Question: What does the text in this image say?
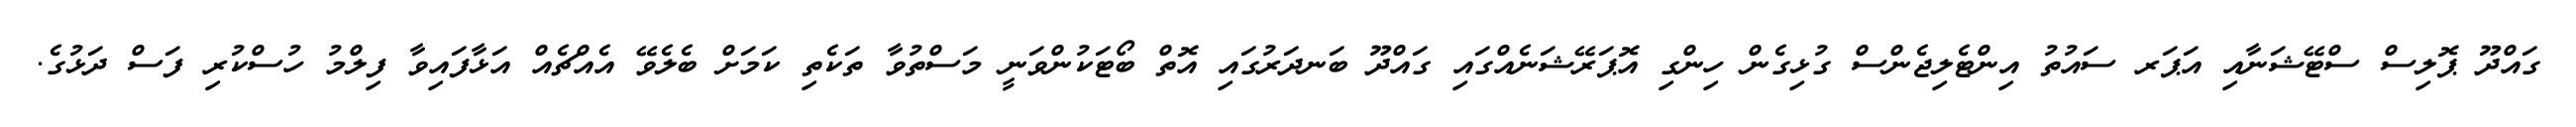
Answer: ގައްދޫ ޕޮލިސް ސްޓޭޝަނާއި އަޕަރ ސައުތު އިންޓެލިޖެންސް ގުޅިގެން ހިންގި އޮޕަރޭޝަނެއްގައި ގައްދޫ ބަނދަރުގައި އޮތް ބޯޓަކުންވަނީ މަސްތުވާ ތަކެތި ކަމަށް ބެލެވޭ އެއްޗެއް އަޅާފައިވާ ފިލްމު ހުސްކުރި ފަސް ދަޅުގެ.